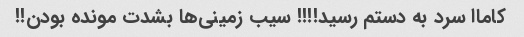
کاماا سرد به دستم رسید!!!! سیب زمینی‌ها بشدت مونده بودن!!